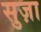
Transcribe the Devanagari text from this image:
सुज़ा